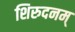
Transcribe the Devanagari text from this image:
शिरुदनम्